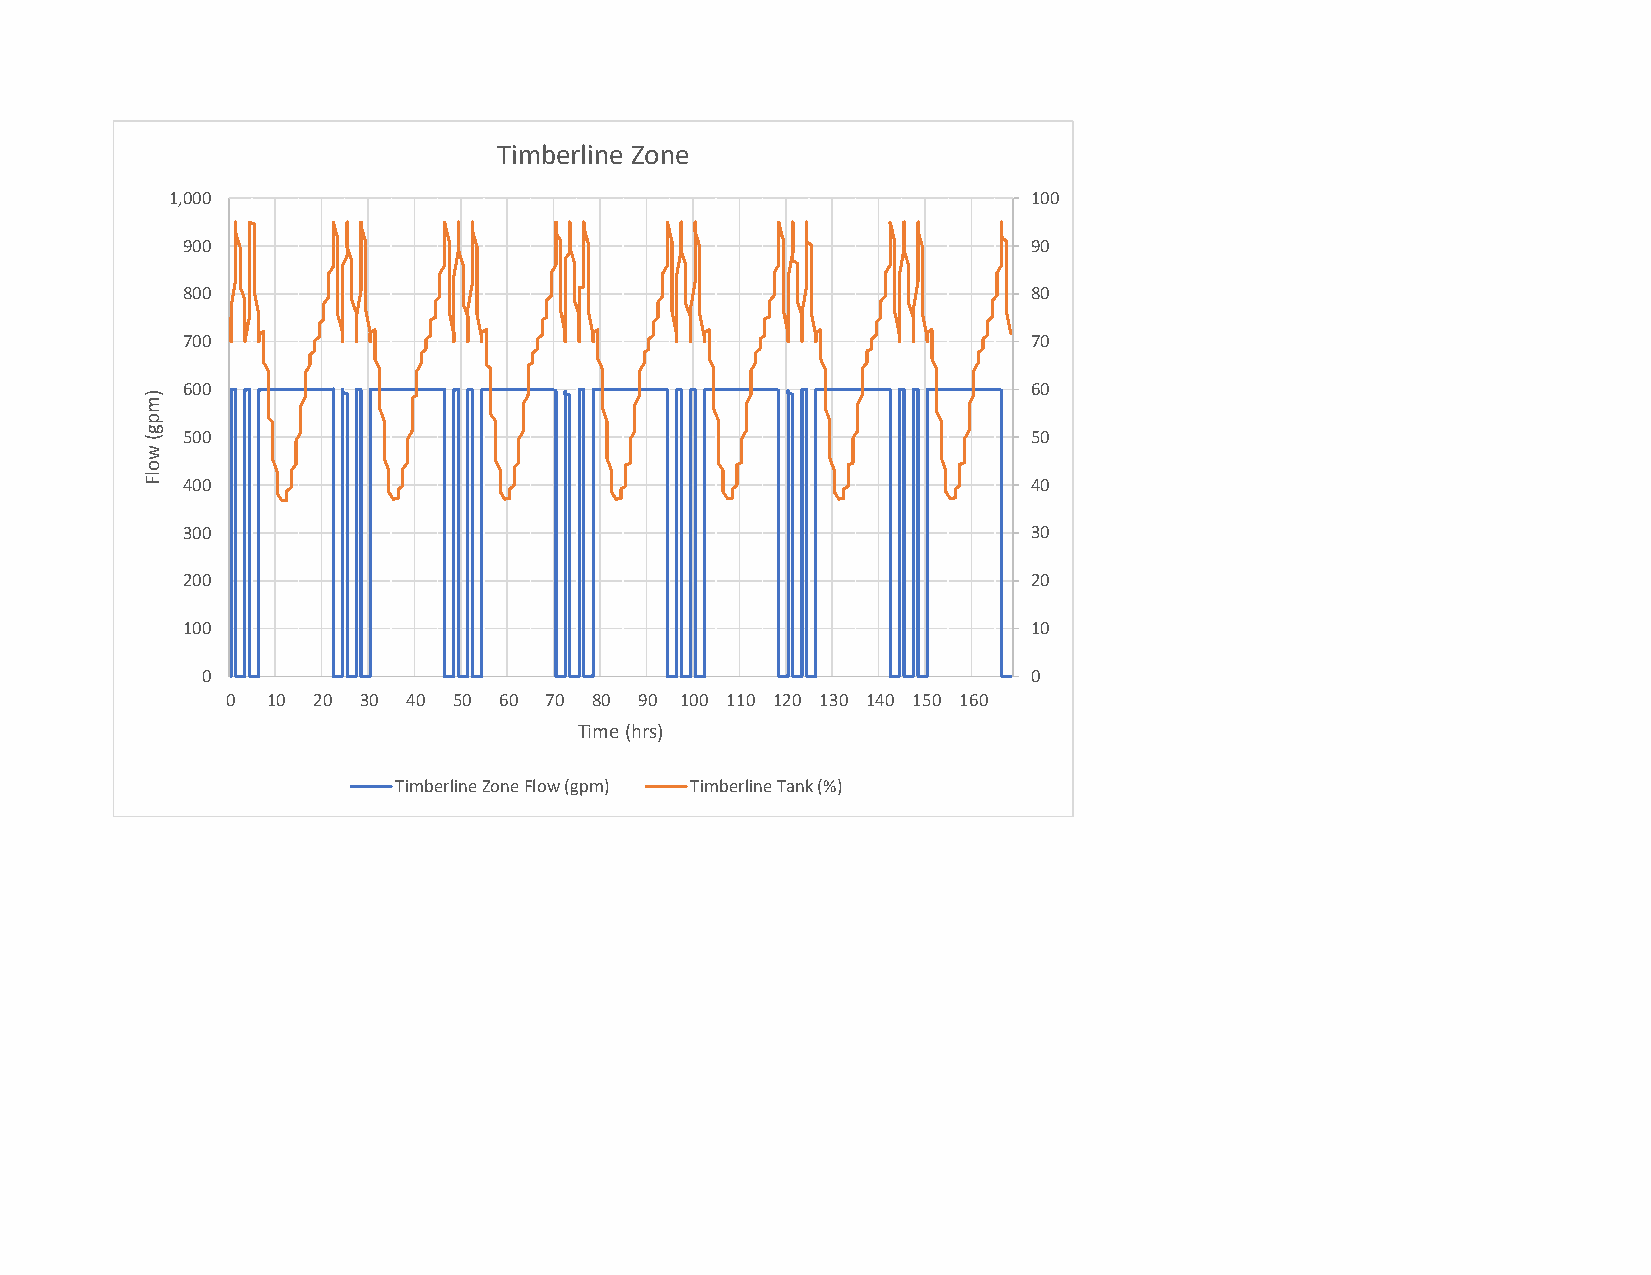
Timberline Zone
 1,000                                                    100
 900                                                     90
 800                                                     80
 700                                                     70
 600                                                     60
 500                                                     50
 400                                                     40
 300                                                     30
 200                                                     20
 100                                                     10
 0                                                      0
 0  10 20 30 40 50 60 70 80 90 100 110 120 130 140 150 160
 Time (hrs)
 Timberline Zone Flow (gpm) Timberline Tank (%)
 )mpg(
 wolF